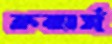
কমার্স